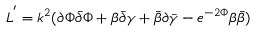
L ^ { ' } = k ^ { 2 } ( { \partial { \Phi } } { \bar { \partial } { \Phi } } + { \beta { \bar { \partial } } \gamma } + { \bar { \beta } } { \partial { \bar { \gamma } } } - e ^ { - 2 { \Phi } } { \beta { \bar { \beta } } } )